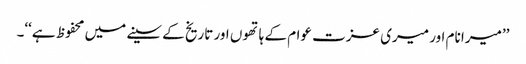
’’میرا نام اور میری عزت عوام کے ہاتھوں اور تاریخ کے سینے میں محفوظ ہے‘‘۔